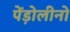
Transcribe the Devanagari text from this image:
पेंड़ोलीनो